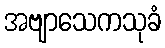
အဗျာသေကသုခံ